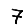
Digit: 7